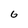
Character: G